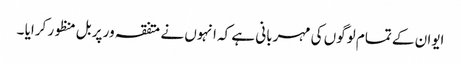
ایوان کے تمام لوگوں کی مہربانی ہے کہ انہوں نے متفقہ ور پر بل منظور کرایا ۔